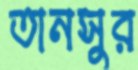
তানসুর